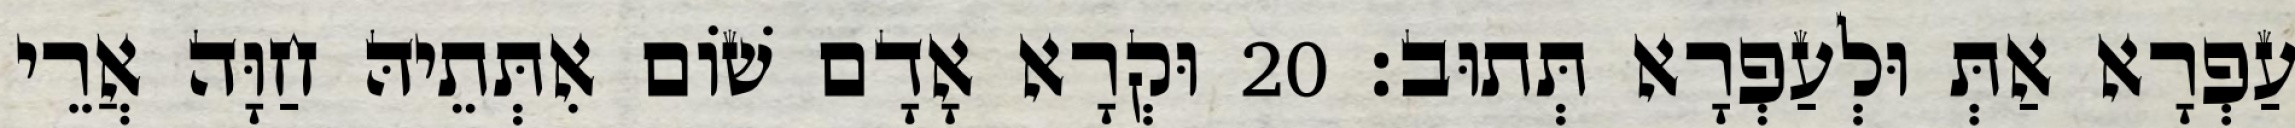
עַפְרָא אַתְּ וּלְעַפְרָא תְּתוּב׃ 20 וּקְרָא אָדָם שׁוֹם אִתְּתֵיהּ חַוָּה אֲרֵי